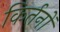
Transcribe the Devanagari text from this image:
किर्तनों